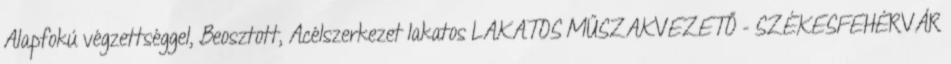
Alapfokú végzettséggel, Beosztott, Acélszerkezet lakatos LAKATOS MŰSZAKVEZETŐ - SZÉKESFEHÉRVÁR